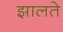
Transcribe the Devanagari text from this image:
झालते